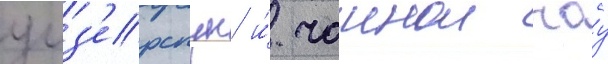
уиз'ерспун и́ чаинои чоу